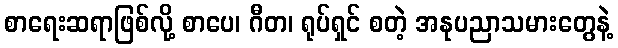
စာရေးဆရာဖြစ်လို့ စာပေ၊ ဂီတ၊ ရုပ်ရှင် စတဲ့ အနုပညာသမားတွေနဲ့